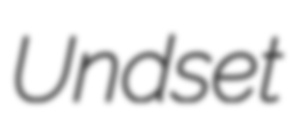
Undset